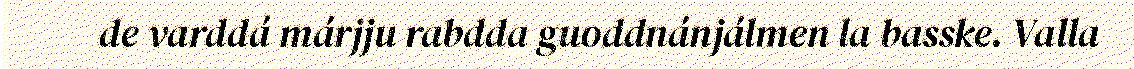
de varddá márjju rabdda guoddnánjálmen la basske. Valla